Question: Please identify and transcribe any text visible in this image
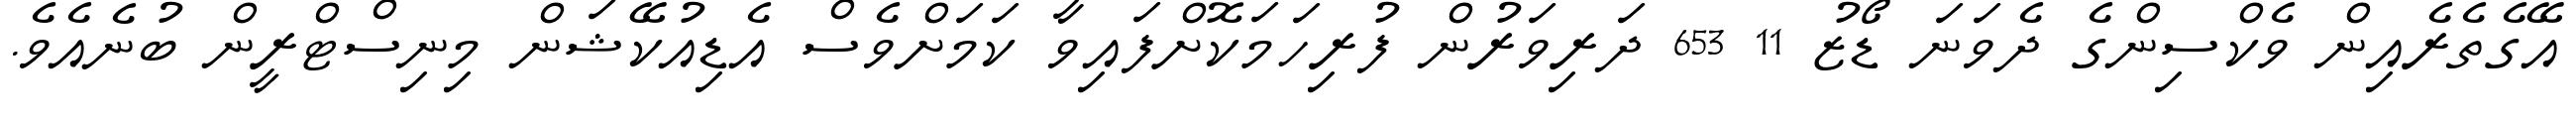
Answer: އޭގެތެރެއިން ވެކްސިންގެ ދެވަނަ ޑޯޒު 11 653 ދަރިވަރުން ފުރިހަމަކޮށްފައިވާ ކަމަށްވެސް އެޑިއުކޭޝަން މިނިސްޓްރީން ބުނެއެވެ.